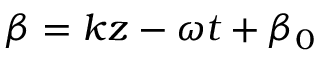
\beta = k z - \omega t + \beta _ { 0 }